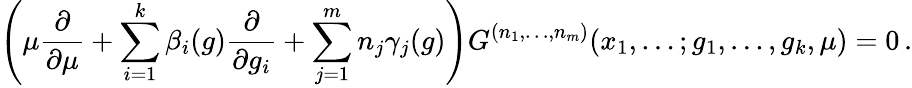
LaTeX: \left(\mu\frac{\partial}{\partial\mu}+\sum_{i=1}^{k}\beta_{i}(g)\frac{\partial}{\partial g_{i}}+\sum_{j=1}^{m}n_{j}\gamma_{j}(g)\right)G^{(n_{1},\ldots,n_{m})}(x_{1},\ldots;g_{1},\ldots,g_{k},\mu)=0\, .